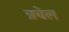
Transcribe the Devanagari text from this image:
त्रचेल